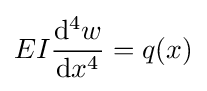
EI{\frac {\mathrm {d} ^{4}w}{\mathrm {d} x^{4}}}=q(x)